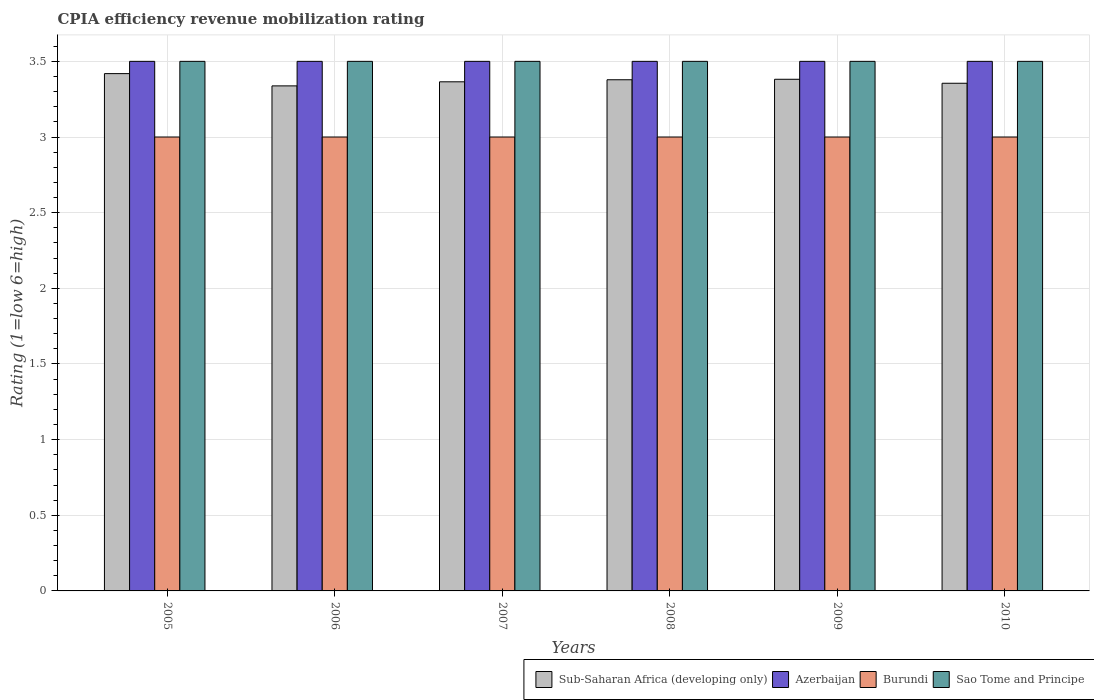
| Years | Sub-Saharan Africa (developing only) | Azerbaijan | Burundi | Sao Tome and Principe |
 | --- | --- | --- | --- | --- |
 | 2005 | 3.42 | 3.5 | 3 | 3.5 |
 | 2006 | 3.34 | 3.5 | 3 | 3.5 |
 | 2007 | 3.36 | 3.5 | 3 | 3.5 |
 | 2008 | 3.38 | 3.5 | 3 | 3.5 |
 | 2009 | 3.38 | 3.5 | 3 | 3.5 |
 | 2010 | 3.36 | 3.5 | 3 | 3.5 |